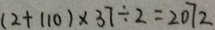
( 2 + 1 1 0 ) \times 3 7 \div 2 = 2 0 7 2